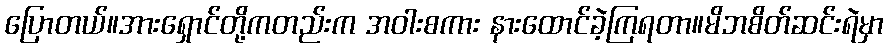
ပြောတယ်။အားရှောင်တို့ကတည်းက အဝါးစကား နားထောင်ခဲ့ကြရတာ။မိဘစိတ်ဆင်းရဲမှာ